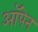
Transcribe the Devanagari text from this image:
ऑपेन